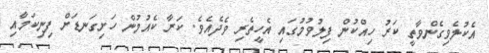
އެކުލެވިގެންވާތީ ކަރު ހިއްކުން ފިލުވުމުގައި އެހީތެރި ވެދެއެވެ. ކަރާ ކެއުމުން ހަށިގަނޑަށް ފިނިކަމާއި